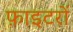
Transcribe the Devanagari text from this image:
फ़ाइटरों